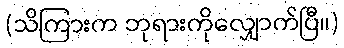
(သိကြားက ဘုရားကိုလျှောက်ပြီ။)